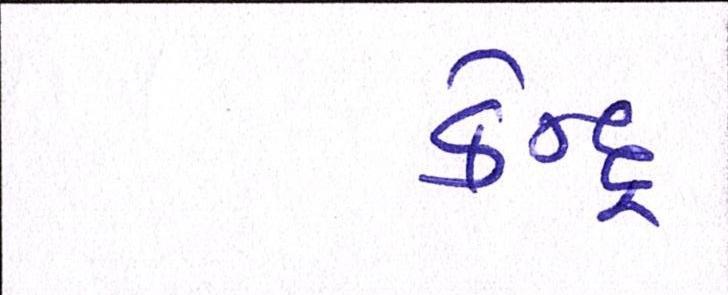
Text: કેન્દ્ર